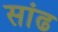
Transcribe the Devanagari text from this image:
सांढ